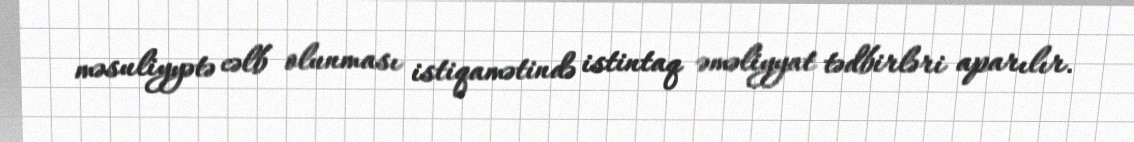
məsuliyyətə cəlb olunması istiqamətində istintaq əməliyyat tədbirləri aparılır.